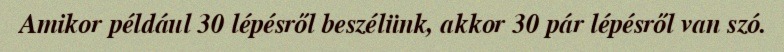
Amikor például 30 lépésről beszélünk, akkor 30 pár lépésről van szó.